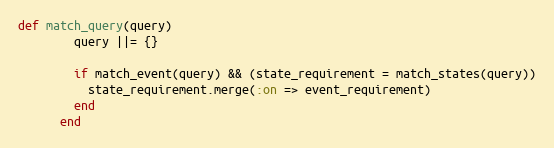
Language: Ruby
def match_query(query)
        query ||= {}

        if match_event(query) && (state_requirement = match_states(query))
          state_requirement.merge(:on => event_requirement)
        end
      end